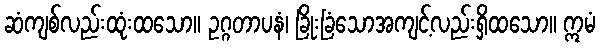
ဆံကျစ်လည်းထုံးထသော။ ဥဂ္ဂတာပနံ၊ ခြိုးခြံသောအကျင့်လည်းရှိထသော။ ဣမံ